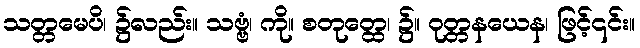
သတ္တမေပိ၊ ၌လည်း။ သဗ္ဗံ၊ ကို။ စတုတ္ထေ၊ ၌။ ဝုတ္တနယေန၊ ဖြင့်၎င်း။